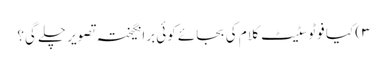
۳) کیا فوٹوسٹیٹ کلام کی بجائے کوئی برانگیختہ تصویر چلے گی؟